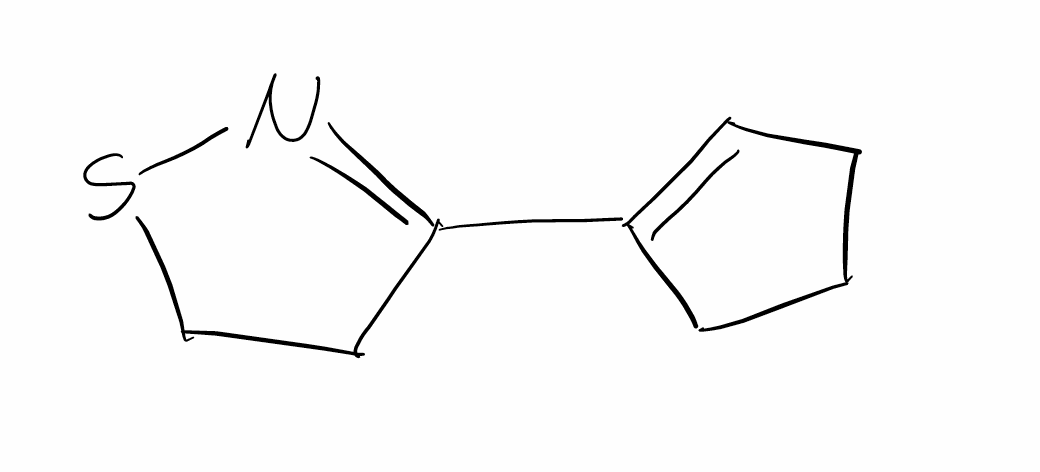
Simplified molecular-input line-entry system (SMILES) notation of the given molecule:
C1CC=C(C1)C2=NSCC2